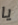
يا